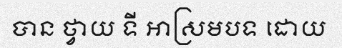
បាន ថ្វាយ ទី អាស្រមបទ ដោយ